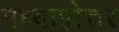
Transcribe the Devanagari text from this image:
मध्याह्नोत्तर